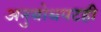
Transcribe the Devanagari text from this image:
अनुबोधपटही